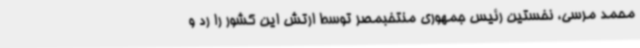
محمد مرسی، نخستین رئیس جمهوری منتخبمصر توسط ارتش این کشور را رد و